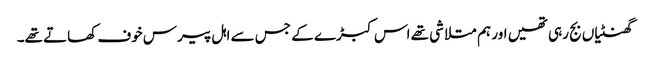
گھنٹیاں بج رہی تھیں اور ہم متلاشی تھے اس کبڑے کے جس سے اہل پیرس خوف کھاتے تھے۔